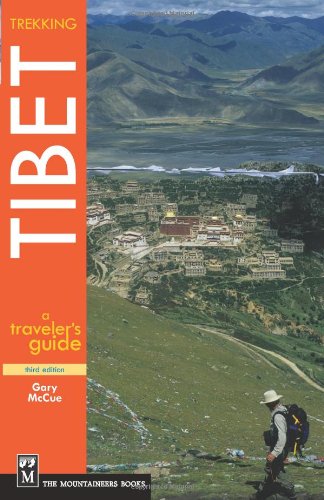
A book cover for Trekking Tibet: A Traveler's Guide; Gary McCue; Travel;